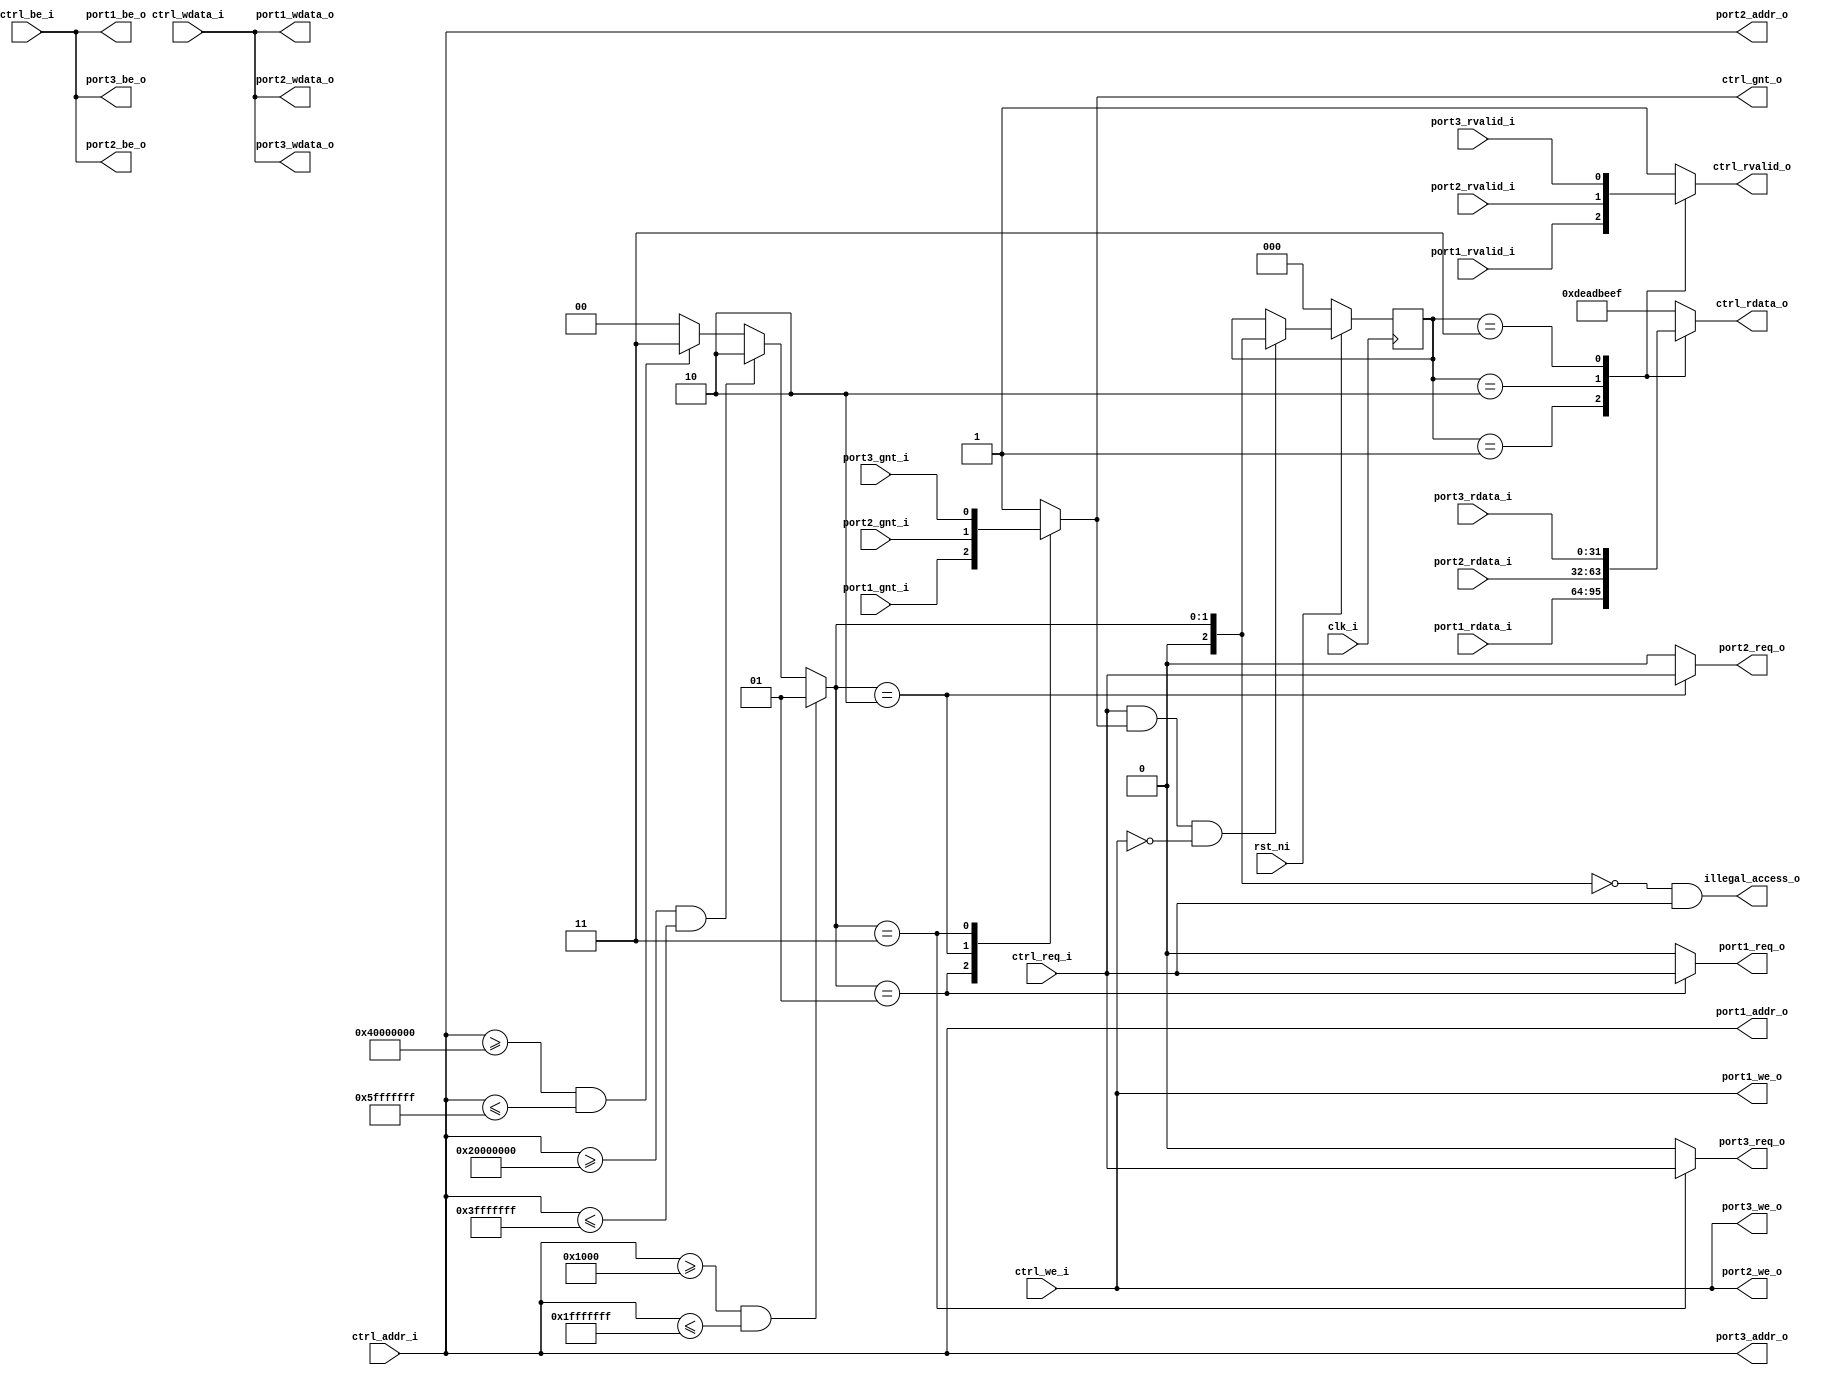
module obi_demux_1_to_3 #(
        parameter PORT1_BASE_ADDR = 32'h00001000,
        parameter PORT1_END_ADDR  = 32'h1FFFFFFF,
        parameter PORT2_BASE_ADDR = 32'h20000000,
        parameter PORT2_END_ADDR  = 32'h3FFFFFFF,
        parameter PORT3_BASE_ADDR = 32'h40000000,
        parameter PORT3_END_ADDR  = 32'h5FFFFFFF)
(
    input               clk_i,
    input               rst_ni,

    // Controller (Master) OBI interface
    input               ctrl_req_i,
    output reg          ctrl_gnt_o,
    input        [31:0] ctrl_addr_i,
    input               ctrl_we_i,
    input        [3:0]  ctrl_be_i,
    input        [31:0] ctrl_wdata_i,
    output reg          ctrl_rvalid_o,
    output reg   [31:0] ctrl_rdata_o,

    // Port 1 (Slave) OBI interface
    output reg         port1_req_o,
    input               port1_gnt_i,
    output wire  [31:0] port1_addr_o,
    output wire         port1_we_o,
    output wire  [3:0]  port1_be_o,
    output wire  [31:0] port1_wdata_o,
    input               port1_rvalid_i,
    input        [31:0] port1_rdata_i,

    // Port 2 (Slave) OBI interface
    output reg         port2_req_o,
    input               port2_gnt_i,
    output wire  [31:0] port2_addr_o,
    output wire         port2_we_o,
    output wire  [3:0]  port2_be_o,
    output wire  [31:0] port2_wdata_o,
    input               port2_rvalid_i,
    input        [31:0] port2_rdata_i,

    // Port 3 (Slave) OBI interface
    output reg          port3_req_o,
    input               port3_gnt_i,
    output wire  [31:0] port3_addr_o,
    output wire         port3_we_o,
    output wire  [3:0]  port3_be_o,
    output wire  [31:0] port3_wdata_o,
    input               port3_rvalid_i,
    input        [31:0] port3_rdata_i,

    output wire         illegal_access_o
);

    // Address and Response routing mux selections (0 = no route selected!)
    reg[2:0] addr_sel, resp_sel;

    /////////////////////
    // Address Decoder //
    /////////////////////

    // Generate address select signal based on input address
    /* verilator lint_off UNSIGNED */
    /* verilator lint_off CMPCONST */
    always @(*) begin
        if ((ctrl_addr_i >= PORT1_BASE_ADDR) && (ctrl_addr_i <= PORT1_END_ADDR))
            addr_sel = 1;
        else if ((ctrl_addr_i >= PORT2_BASE_ADDR) && (ctrl_addr_i <= PORT2_END_ADDR))
            addr_sel = 2;
        else if ((ctrl_addr_i >= PORT3_BASE_ADDR) && (ctrl_addr_i <= PORT3_END_ADDR))
            addr_sel = 3;
        else
            addr_sel = 0;
    end
    /* verilator lint_on CMPCONST */
    /* verilator lint_on UNSIGNED */

    ///////////////////////////
    // Address Phase Routing //
    ///////////////////////////

    always @(*) begin
        // Multiplex portx_gnt_i to ctrl_gnt_o
        case (addr_sel)
            1: ctrl_gnt_o = port1_gnt_i;
            2: ctrl_gnt_o = port2_gnt_i;
            3: ctrl_gnt_o = port3_gnt_i;
            default: ctrl_gnt_o = 1; // DEADBEEF response
        endcase
    end

    always @(*) begin
        // Demultiplex ctrl_req_i to portx_req_o
        port1_req_o = (addr_sel == 1) ? ctrl_req_i : 1'b0;
        port2_req_o = (addr_sel == 2) ? ctrl_req_i : 1'b0;
        port3_req_o = (addr_sel == 3) ? ctrl_req_i : 1'b0;
    end

    // Assign ctrl signals to all portx outputs
    assign port1_addr_o  = ctrl_addr_i;
    assign port1_wdata_o = ctrl_wdata_i;
    assign port1_be_o    = ctrl_be_i;
    assign port1_we_o    = ctrl_we_i;

    assign port2_addr_o  = ctrl_addr_i;
    assign port2_wdata_o = ctrl_wdata_i;
    assign port2_be_o    = ctrl_be_i;
    assign port2_we_o    = ctrl_we_i;

    assign port3_addr_o  = ctrl_addr_i;
    assign port3_wdata_o = ctrl_wdata_i;
    assign port3_be_o    = ctrl_be_i;
    assign port3_we_o    = ctrl_we_i;

    ////////////////////////////
    // Response Phase Routing //
    ////////////////////////////

    wire accepted;
    assign accepted = ctrl_req_i && ctrl_gnt_o && !ctrl_we_i;

    // Response tracking (resp_sel)
    always @(posedge clk_i) begin
        if (!rst_ni)
            resp_sel <= 0;
        else if (accepted) begin
            resp_sel <= addr_sel;
        end
    end

    always @(*) begin
        // Multiplex portx_rvalid_i to ctrl_rvalid_o based on resp_sel
        case (resp_sel)
            1: ctrl_rvalid_o = port1_rvalid_i;
            2: ctrl_rvalid_o = port2_rvalid_i;
            3: ctrl_rvalid_o = port3_rvalid_i;
            default: ctrl_rvalid_o = 1; // DEADBEEF response
        endcase
    end

    always @(*) begin
        // Multiplex portx_rdata_i to ctrl_rdata_o based on resp_sel
        case (resp_sel)
            1: ctrl_rdata_o = port1_rdata_i;
            2: ctrl_rdata_o = port2_rdata_i;
            3: ctrl_rdata_o = port3_rdata_i;
            default: ctrl_rdata_o = 32'hDEAD_BEEF; // DEADBEEF response
        endcase
    end

    assign illegal_access_o = (addr_sel == 0) && ctrl_req_i;

endmodule